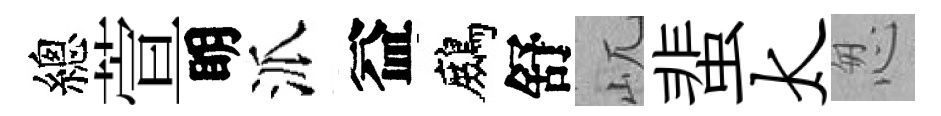
總萱眀派益鷓舒屼蜚太怱